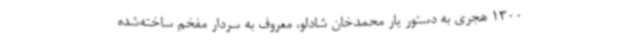
1300 هجری به دستور یار محمدخان شادلو، معروف به سردار مفخم ساخته‌شده